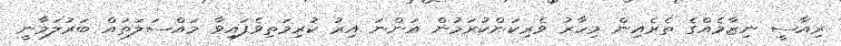
ރިއާސީ ނިޒާމެއްގެ ތެރެއިން މިހާރު ވެރިކަންކުރަމުން އަންނަ އިރު ކުރިމަތިވެފައިވާ މައްސަލަތައް ބަރުލަމާނީ